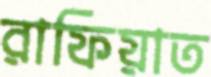
রাফিয়াত